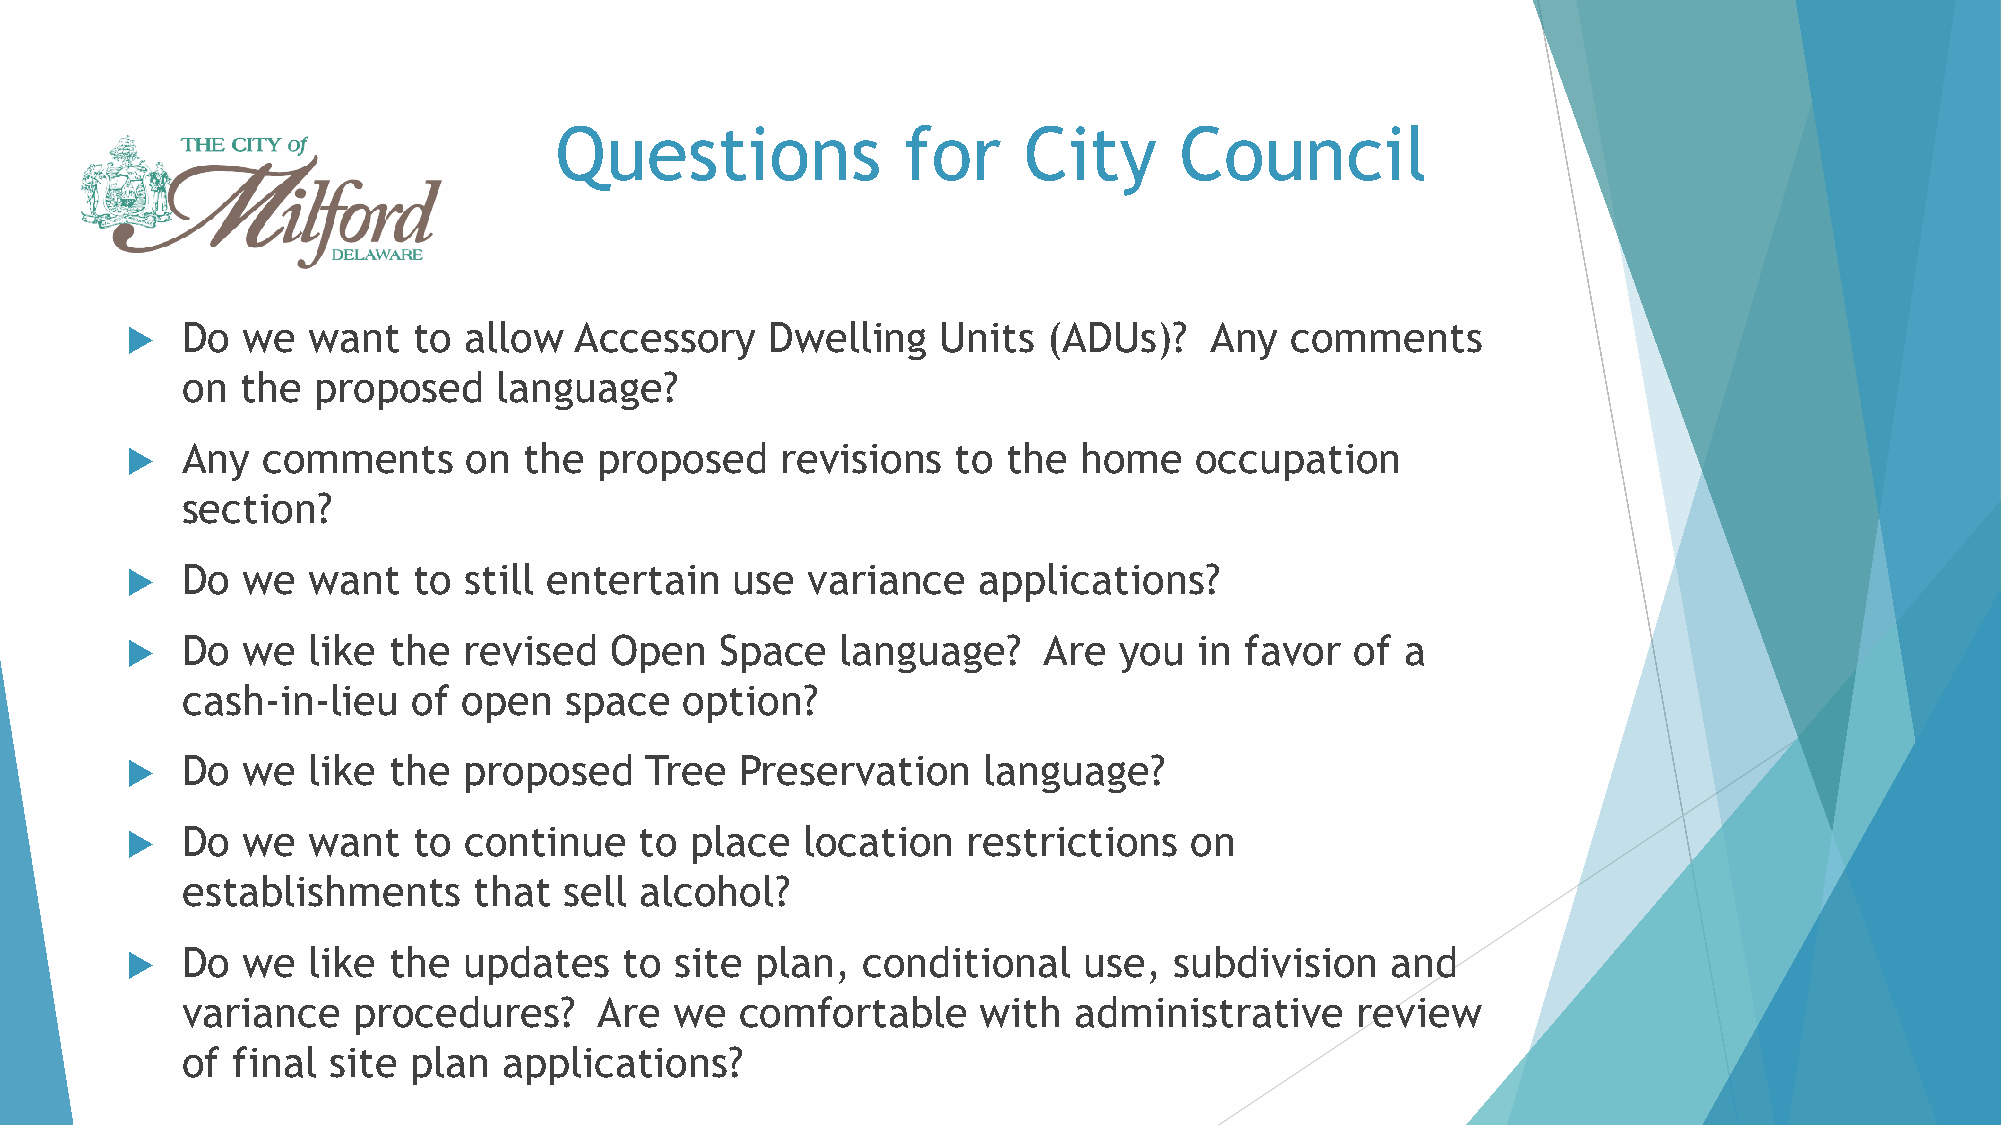
Questions              for     City      Council
    Do  we  want   to  allow  Accessory    Dwelling   Units  (ADUs)?    Any  comments
 on  the  proposed    language?
    Any  comments      on  the  proposed    revisions  to  the  home   occupation
 section?
    Do  we  want   to  still entertain   use variance    applications?
    Do  we  like  the  revised  Open    Space   language?    Are  you  in favor   of a
 cash-in-lieu   of  open  space   option?
    Do  we  like  the  proposed    Tree  Preservation    language?
    Do  we  want   to  continue   to  place  location   restrictions   on
 establishments     that  sell alcohol?
    Do  we  like  the  updates   to  site plan,  conditional    use,  subdivision   and
 variance   procedures?      Are  we  comfortable     with  administrative     review
 of final  site plan  applications?